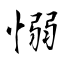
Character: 愵